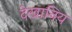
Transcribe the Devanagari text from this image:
देखानिय